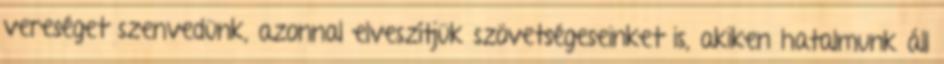
vereséget szenvedünk, azonnal elveszítjük szövetségeseinket is, akiken hatalmunk áll